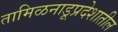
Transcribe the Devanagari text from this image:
तामिळनाडूप्रदेशातील